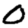
Digit: 0